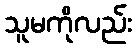
သူမကိုလည်း